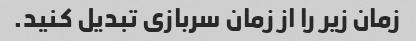
زمان زیر را از زمان سربازی تبدیل کنید.